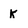
Character: K